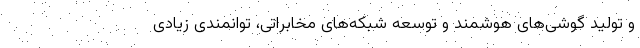
و تولید گوشی‌های هوشمند و توسعه شبکه‌های مخابراتی، توانمندی زیادی